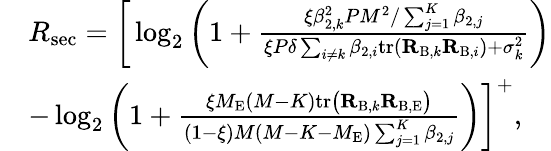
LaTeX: \begin{array}{rl}&{R_{\mathrm{sec}}=\bigg[\log_{2}\bigg(1+\frac{\xi\beta_{2,k}^{2}PM^{2}/\sum_{j=1}^{K}\beta_{2,j}}{\xi P\delta\sum_{i\neq k}\beta_{2,i}\mathrm{tr}(\mathbf{R}_{\mathrm{B},k}\mathbf{R}_{\mathrm{B},i})+\sigma_{k}^{2}}\bigg)}\\ &{-\log_{2}\bigg(1+\frac{\xi M_{\mathrm{E}}(M-K)\mathrm{tr}\big({\mathbf R}_{\mathrm{B},k}{\mathbf R}_{\mathrm{B,E}}\big)}{(1-\xi)M(M-K-M_{\mathrm{E}})\sum_{j=1}^{K}\beta_{2,j}}\bigg)\bigg]^{+},}\end{array}